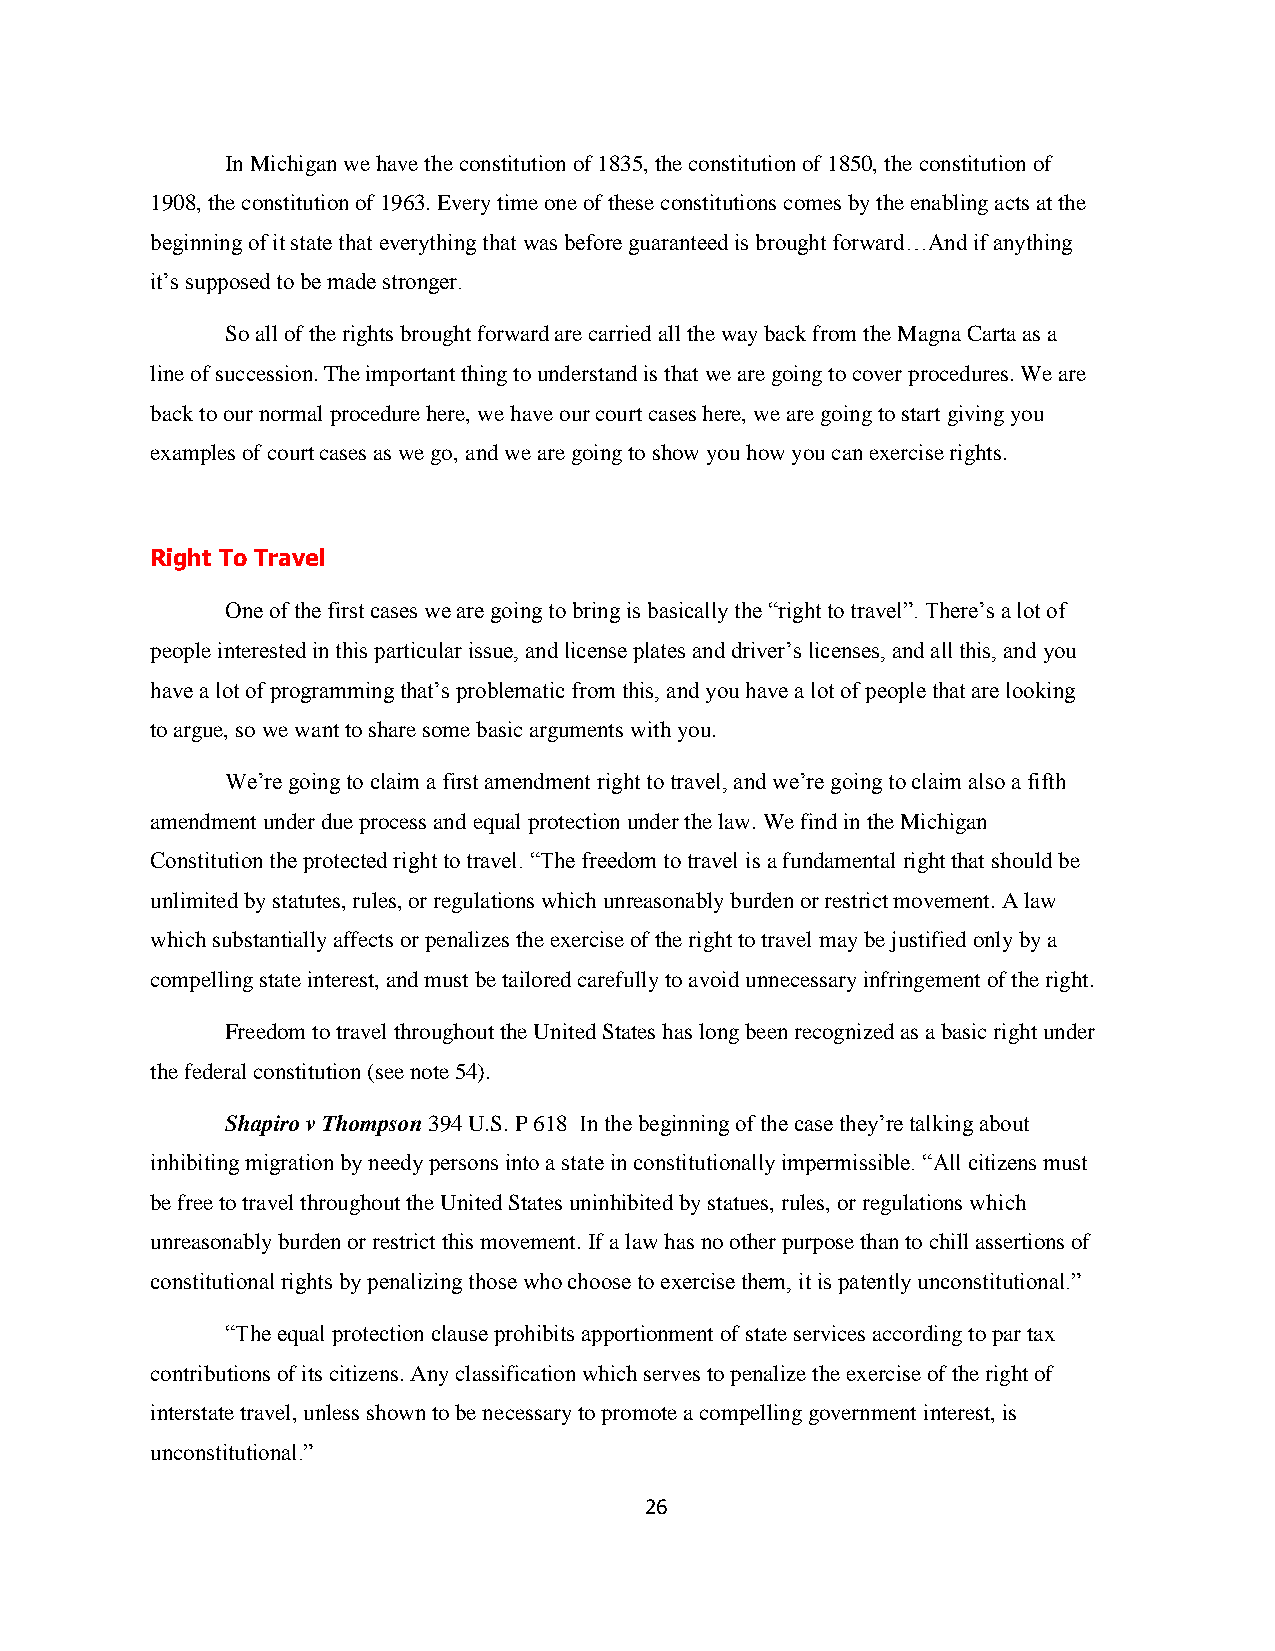
In Michigan we have the constitution of 1835, the constitution of 1850, the constitution of
 1908, the constitution of 1963. Every time one of these constitutions comes by the enabling acts at the
 beginning of it state that everything that was before guaranteed is brought forward…And if anything
 it‟s supposed to be made stronger.
 So all of the rights brought forward are carried all the way back from the Magna Carta as a
 line of succession. The important thing to understand is that we are going to cover procedures. We are
 back to our normal procedure here, we have our court cases here, we are going to start giving you
 examples of court cases as we go, and we are going to show you how you can exercise rights.
 Right To Travel
 One of the first cases we are going to bring is basically the “right to travel”. There‟s a lot of
 people interested in this particular issue, and license plates and driver‟s licenses, and all this, and you
 have a lot of programming that‟s problematic from this, and you have a lot of people that are looking
 to argue, so we want to share some basic arguments with you.
 We‟re going to claim a first amendment right to travel, and we‟re going to claim also a fifth
 amendment under due process and equal protection under the law. We find in the Michigan
 Constitution the protected right to travel. “The freedom to travel is a fundamental right that should be
 unlimited by statutes, rules, or regulations which unreasonably burden or restrict movement. A law
 which substantially affects or penalizes the exercise of the right to travel may be justified only by a
 compelling state interest, and must be tailored carefully to avoid unnecessary infringement of the right.
 Freedom to travel throughout the United States has long been recognized as a basic right under
 the federal constitution (see note 54).
 Shapiro v Thompson 394 U.S. P 618 In the beginning of the case they‟re talking about
 inhibiting migration by needy persons into a state in constitutionally impermissible. “All citizens must
 be free to travel throughout the United States uninhibited by statues, rules, or regulations which
 unreasonably burden or restrict this movement. If a law has no other purpose than to chill assertions of
 constitutional rights by penalizing those who choose to exercise them, it is patently unconstitutional.”
 “The equal protection clause prohibits apportionment of state services according to par tax
 contributions of its citizens. Any classification which serves to penalize the exercise of the right of
 interstate travel, unless shown to be necessary to promote a compelling government interest, is
 unconstitutional.”
 26